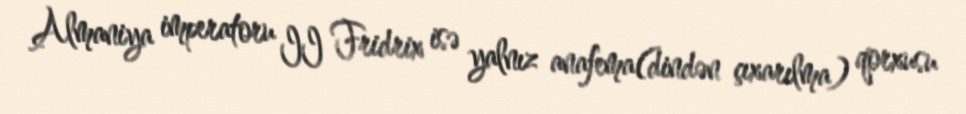
Almaniya imperatoru II Fridrix isə yalnız anafema(dindən çıxarılma) qorxusu